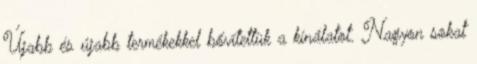
Újabb és újabb termékekkel bővítettük a kínálatot. Nagyon sokat